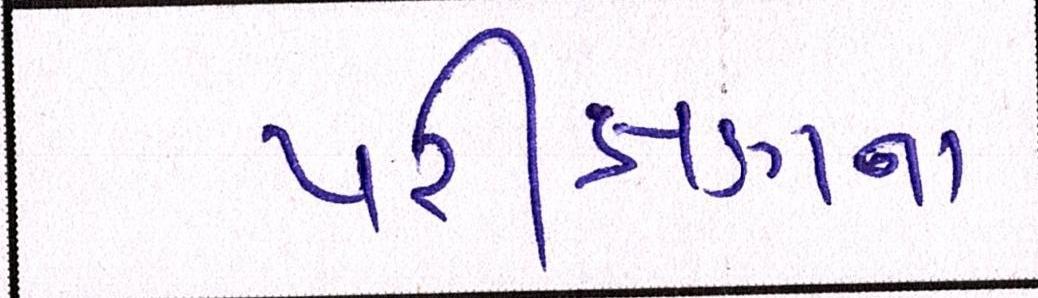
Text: પરીક્ષણના